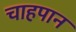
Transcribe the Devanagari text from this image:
चाहपान